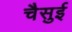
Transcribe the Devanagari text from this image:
चैसुई